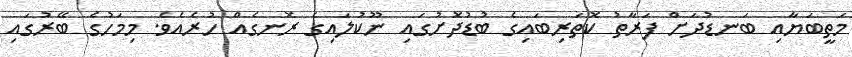
މަތީބަޔާއި ބަނޑުދަށް ފަރާތު ކޮތަރިބައިގެ ބުޑުދޮށުގައި ނޫކުލައިގެ ރޮނގެއް ހުރެއެވެ. މިމަހުގެ ބޭރުގައި